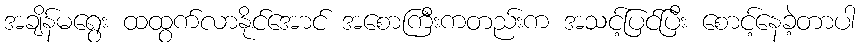
အချိန်မရွေး ထထွက်လာနိုင်အောင် အစောကြီးကတည်းက အသင့်ပြင်ပြီး စောင့်နေခဲ့တာပါ